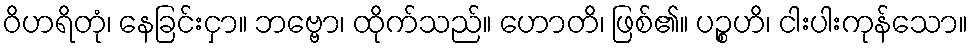
ဝိဟရိတုံ၊ နေခြင်းငှာ။ ဘဗ္ဗော၊ ထိုက်သည်။ ဟောတိ၊ ဖြစ်၏။ ပဉ္စဟိ၊ ငါးပါးကုန်သော။